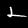
Label: 2